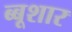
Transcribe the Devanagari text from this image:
ब्बूशार